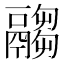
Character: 𩱈